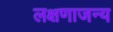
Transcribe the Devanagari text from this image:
लक्षणाजन्य